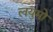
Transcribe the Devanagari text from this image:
लयुमो